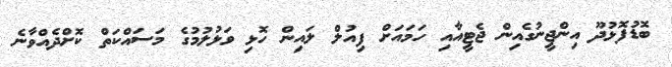
ބޮޑުފޮޅުދޫ އިންޖީނުގެއިން ޖެޓީއާއި ހަމައަށް ފިއުލް ލައިން ހޮޅި ވަޅުލުމުގެ މަސައްކަތް ކޮށްދެއްވާނެ